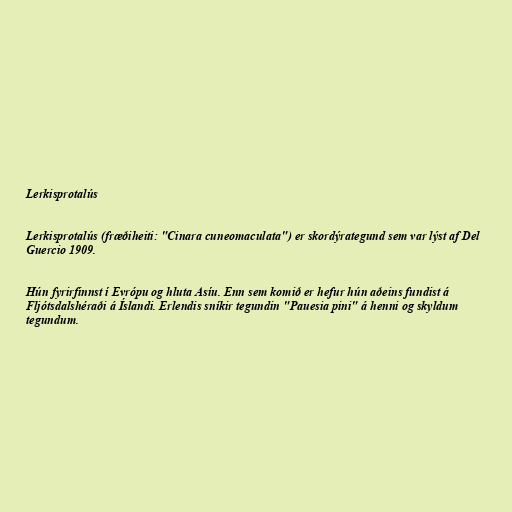
Lerkisprotalús

Lerkisprotalús (fræðiheiti: "Cinara cuneomaculata") er skordýrategund sem var lýst af Del
Guercio 1909.

Hún fyrirfinnst í Evrópu og hluta Asíu. Enn sem komið er hefur hún aðeins fundist á
Fljótsdalshéraði á Íslandi. Erlendis sníkir tegundin "Pauesia pini" á henni og skyldum
tegundum.